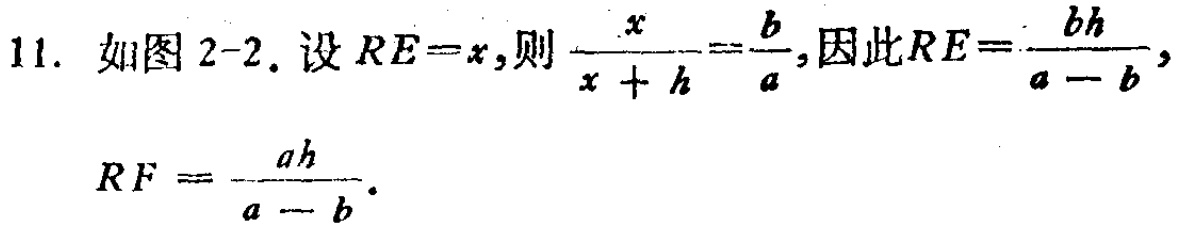
11. 如图 2-2. 设 \(RE = x\), 则 \(\frac{x}{x + h}=\frac{b}{a}\), 因此 \(RE=\frac{bh}{a - b}\),
\(RF=\frac{ah}{a - b}\).